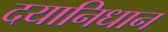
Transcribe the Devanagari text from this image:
दयानिधान